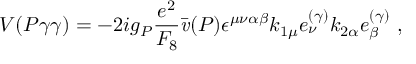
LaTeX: { \cal V } ( P \gamma \gamma ) = - 2 i g _ { P } \frac { e ^ { 2 } } { F _ { 8 } } \bar { \it { v } } ( P ) \epsilon ^ { \mu \nu \alpha \beta } k _ { 1 \mu } e _ { \nu } ^ { ( \gamma ) } k _ { 2 \alpha } e _ { \beta } ^ { ( \gamma ) } ~ ,